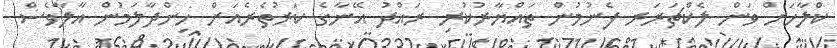
ކްލާހަށް ވަން ލެކްޗަރަރ ފެނުމުން ތައްޔާރުކުރި ރައްދު އޭނާގެ ކަރުތެރެއަށް ހިންދާލަމުން އާލާވެސް